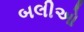
બલીઓ